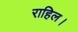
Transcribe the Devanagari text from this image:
राहिल।